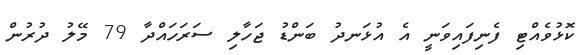
ކޮޅުވެއްޓި ފެނިފައިވަނީ އެ އުޅަނދު ބަންޑު ޖަހާލި ސަރަހައްދާ 79 މޭލު ދުރުން